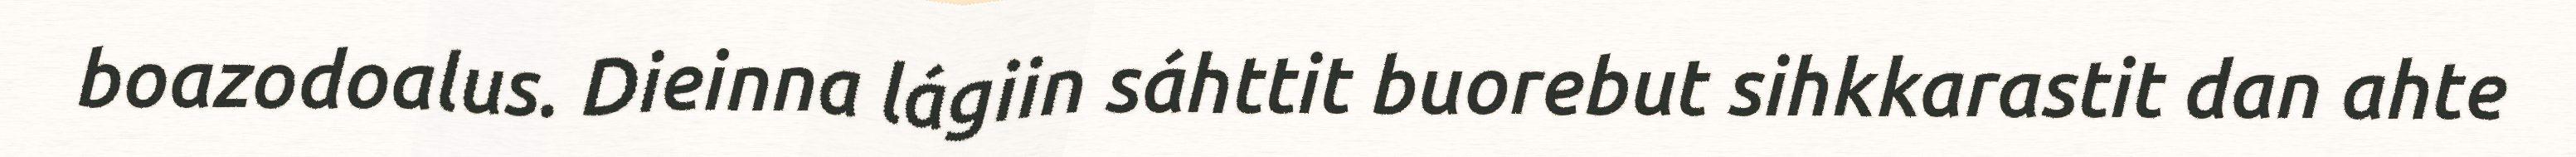
boazodoalus. Dieinna lágiin sáhttit buorebut sihkkarastit dan ahte